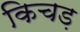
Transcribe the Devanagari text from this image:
किचड़